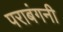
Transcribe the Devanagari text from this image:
पराबंगनी